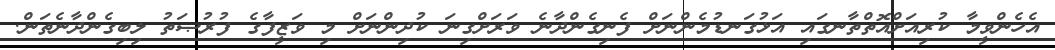
އެހެންވީމާ ކުރިއަށްއޮތްތާނގައި އަޅުގަނޑުމެންނަށް ފެނިގެންދާނެ ވަރަށްގިނަ ކުދިންނަށް މި ވަޒީފާގެ ފުރުޞަތު ލިބިގެންދާނެތަން.